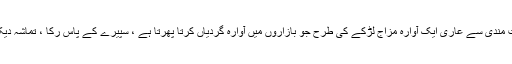
عوام کی مرضی آزاد ہوتی ہے ، تعصب کا عنصر ناپید، عقیدت مندی سے عاری ایک آوارہ مزاج لڑکے کی طرح جو بازاروں میں آوارہ گردیاں کرتا پھرتا ہے ، سپیرے کے پاس رکا ، تماشہ دیکھا اور اندازے لگاتا ہوا کون کس کے ساتھ آیا ہے آگے چل دیا۔